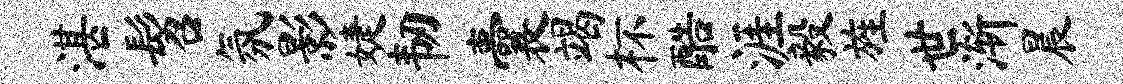
湛髫氛影婕韧囊竭杯酷涯毅旌世渐晨